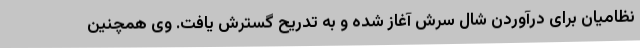
نظامیان برای درآوردن شال سرش آغاز شده و به تدریح گسترش یافت. وی همچنین